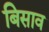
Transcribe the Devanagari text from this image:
बिसाव